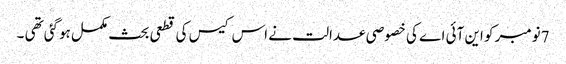
7نومبر کو این آئی اے کی خصوصی عدالت نے اس کیس کی قطعی بحث مکمل ہوگئی تھی ۔